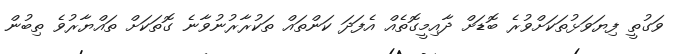
ވަގުތީ ފިޔަވަޅުތަކަށްވުރެ ބޮޑަށް ދާއިމީގޮތެއް އެފަދަ ކަންތައް ތަކުރާރުނުވާނެ ގޮތަކަށް ތައްޔާރުވެ ތިބުން